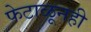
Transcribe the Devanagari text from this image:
फेटाळूनही